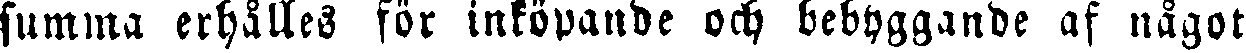
summa erhålles för inköpande och bebyggande af något